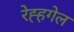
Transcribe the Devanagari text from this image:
रेह्हगेल